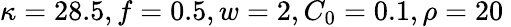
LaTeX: \kappa=28.5,f=0.5,w=2,C_{0}=0.1,\rho=20\